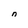
Character: n